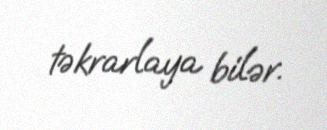
təkrarlaya bilər.